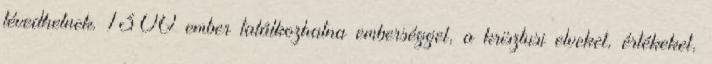
tévedhetnek. 1300 ember találkozhatna emberséggel, a krisztusi elveket, értékeket,